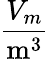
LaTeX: \frac{V_{m}}{\textrm{m}^{3}}